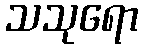
သသုရော